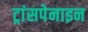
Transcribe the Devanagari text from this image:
ट्रांसपेनाइन